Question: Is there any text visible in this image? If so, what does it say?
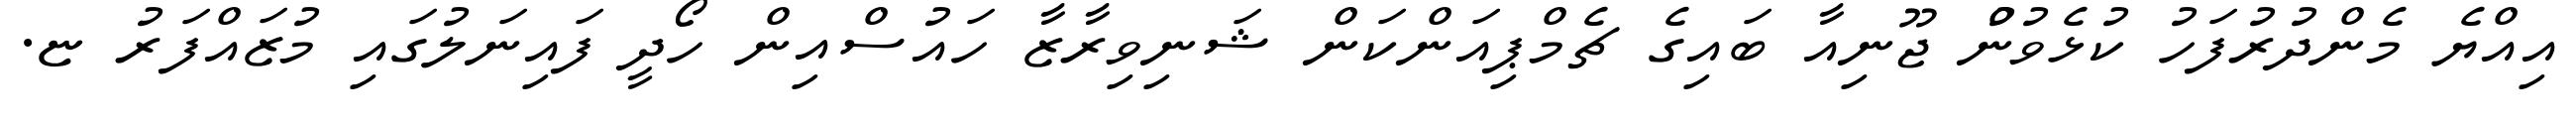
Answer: އިއްޔެ މެންދުރުފަހު ކުޅެވުނުް ޖޫނިއާ ބައިގެ ޗެމްޕިއަންކަން ޝަނިވިރާޒާ ހައުސްއިން ހޯދީ ފައިނަލުގައި މުޒައްފަރު ޏ.